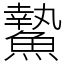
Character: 䲀